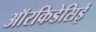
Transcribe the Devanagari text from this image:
ऑरकिडेसिई